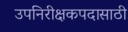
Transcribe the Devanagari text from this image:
उपनिरीक्षकपदासाठी